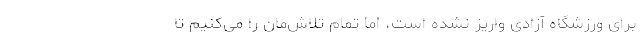
برای ورزشگاه آزادی واریز نشده است، اما تمام تلاش‌مان را می‌کنیم تا